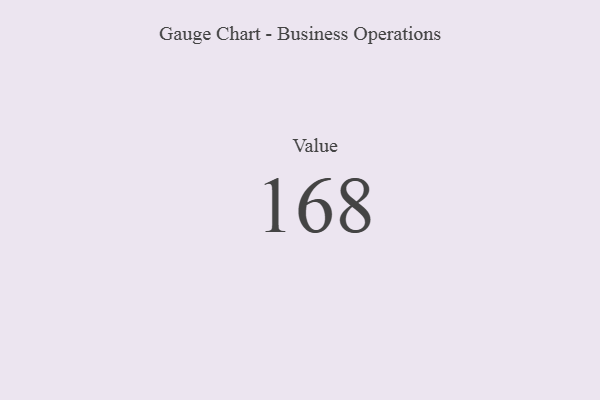
{"axis": {"x": "Metric", "y": "Value"}, "legend": [""], "data": [{"x": "Value", "y": 168, "type": ""}]}